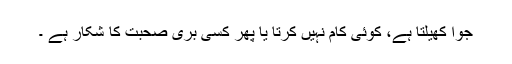
جوا کھیلتا ہے، کوئی کام نہیں کرتا یا پھر کسی بری صحبت کا شکار ہے ۔